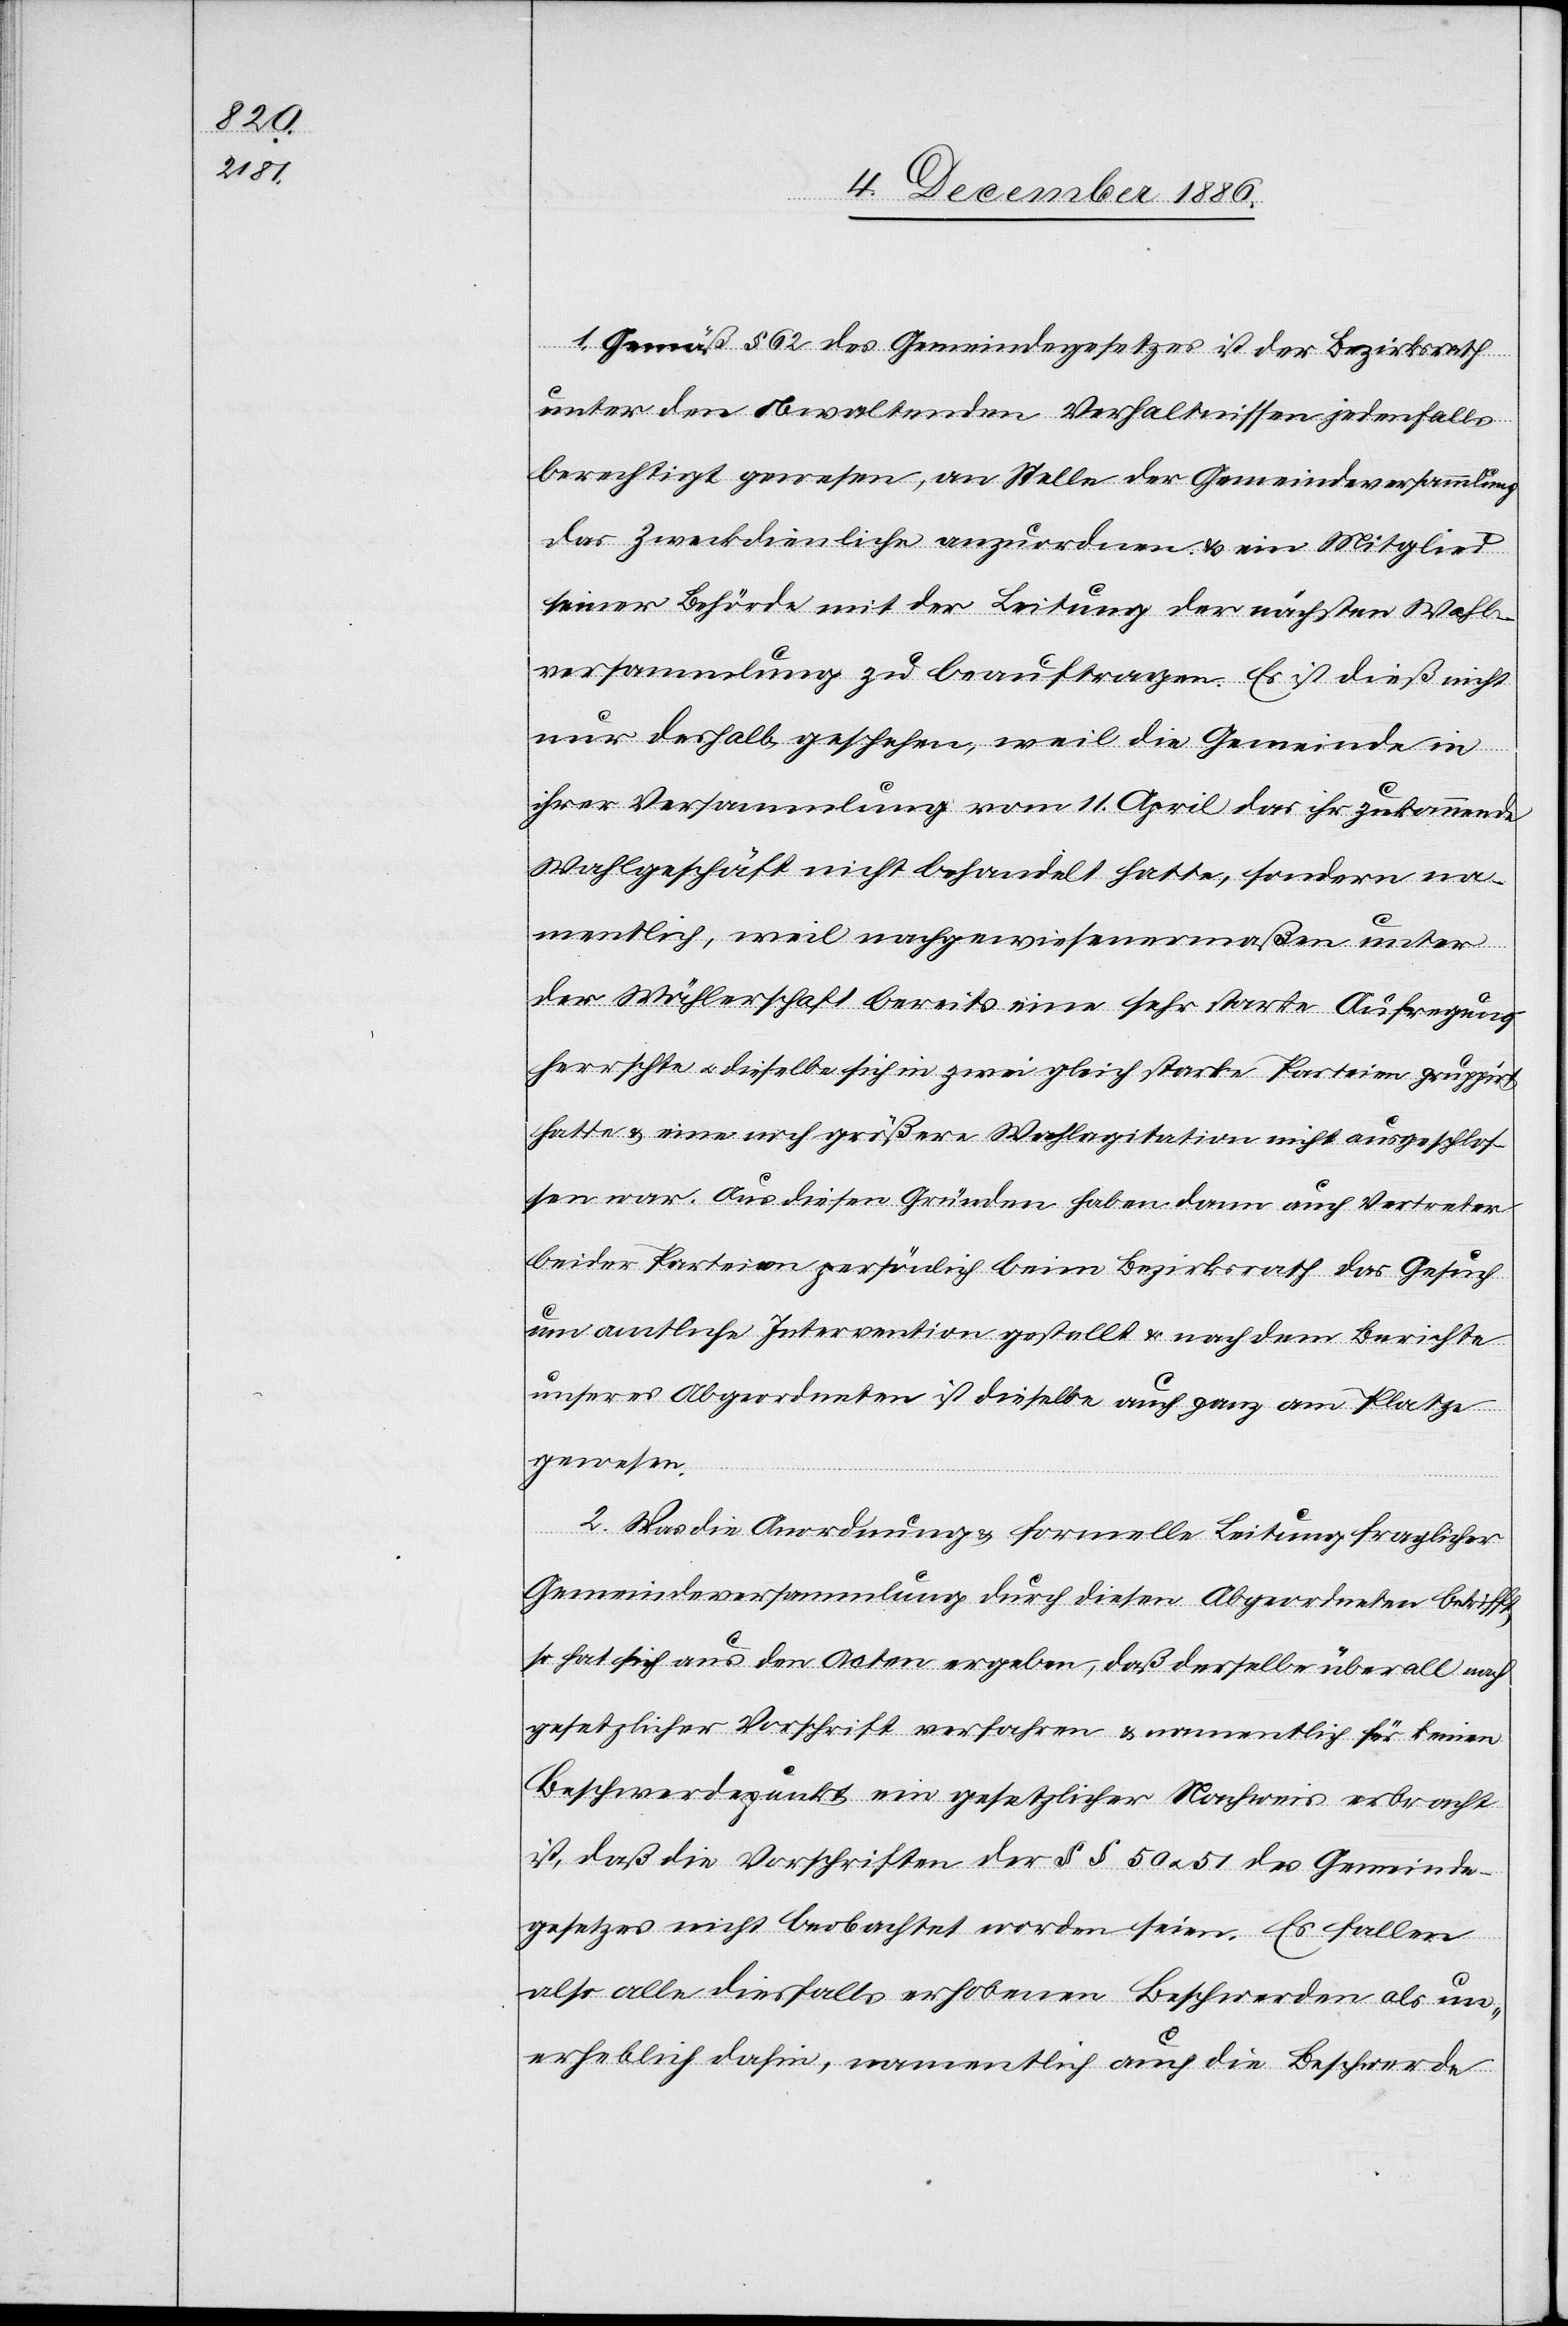
1. Gemäß § 62 des Gemeindegesetzes ist der Bezirksrath
unter den obwaltenden Verhaltnissen [sic!] jedenfalls
berechtigt gewesen, an Stelle der Gemeindeversammlung
das Zweckdienliche anzuordnen & ein Mitglied
seiner Behörde mit der Leitung der nächsten Wahl¬
versammlung zu beauftragen. Es ist dieß nicht
nur deshalb geschehen, weil die Gemeinde in
ihrer Versammlung vom 11. April das ihr zukommende
Wahlgeschäft nicht behandelt hatte, sondern na¬
t
mentlich, weil nachgewiesenermaßen unter
der Wählerschaft bereits eine sehr starke Aufregung
herrschte & dieselbe sich in zwei gleich starke Parteien gruppir¬
hatte & eine noch größere Wahlagitation nicht ausgeschlos¬
sen war. Aus diesen Gründen haben dann auch Vertreter
beider Parteien persönlich beim Bezirksrath das Gesuch
um amtliche Intervention gestellt & nach dem Berichte
unseres Abgeordneten ist dieselbe auch ganz am Platze
gewesen.
2. Was die Anordnung & formelle Leitung fraglicher
Gemeindeversammlung durch diesen Abgeordneten betrifft,
so hat sich aus den Acten ergeben, daß derselbe überall nach
gesetzlicher Vorschrift verfahren & namentlich für keinen
Beschwerdepunkt ein gesetzlicher Nachweis erbracht
ist, daß die Vorschriften der §§ 50 & 51 des Gemeinde¬
gesetzes nicht beobachtet worden seien. Es fallen
also alle diesfalls erhobenen Beschwerden als un¬
erheblich dahin, namentlich auch die Beschwerde